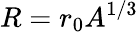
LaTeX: R=r_{0}A^{1/3}